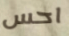
احس